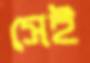
সেই